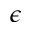
\epsilon